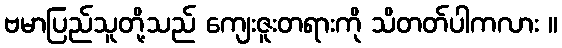
ဗမာပြည်သူတို့သည် ကျေးဇူးတရားကို သိတတ်ပါကလား ။